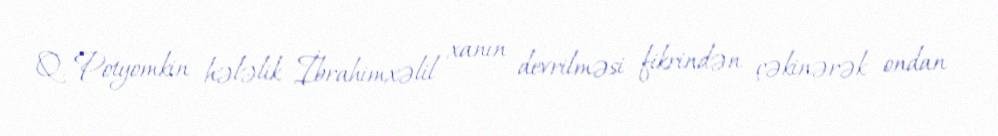
Q. Potyomkin hələlik İbrahimxəlil xanın devrilməsi fikrindən çəkinərək ondan